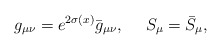
\begin{align*}g_{\mu\nu} = e^{2\sigma (x)} \bar{g}_{\mu\nu}, \ \ \ \ S_\mu=\bar{S}_\mu,\end{align*}